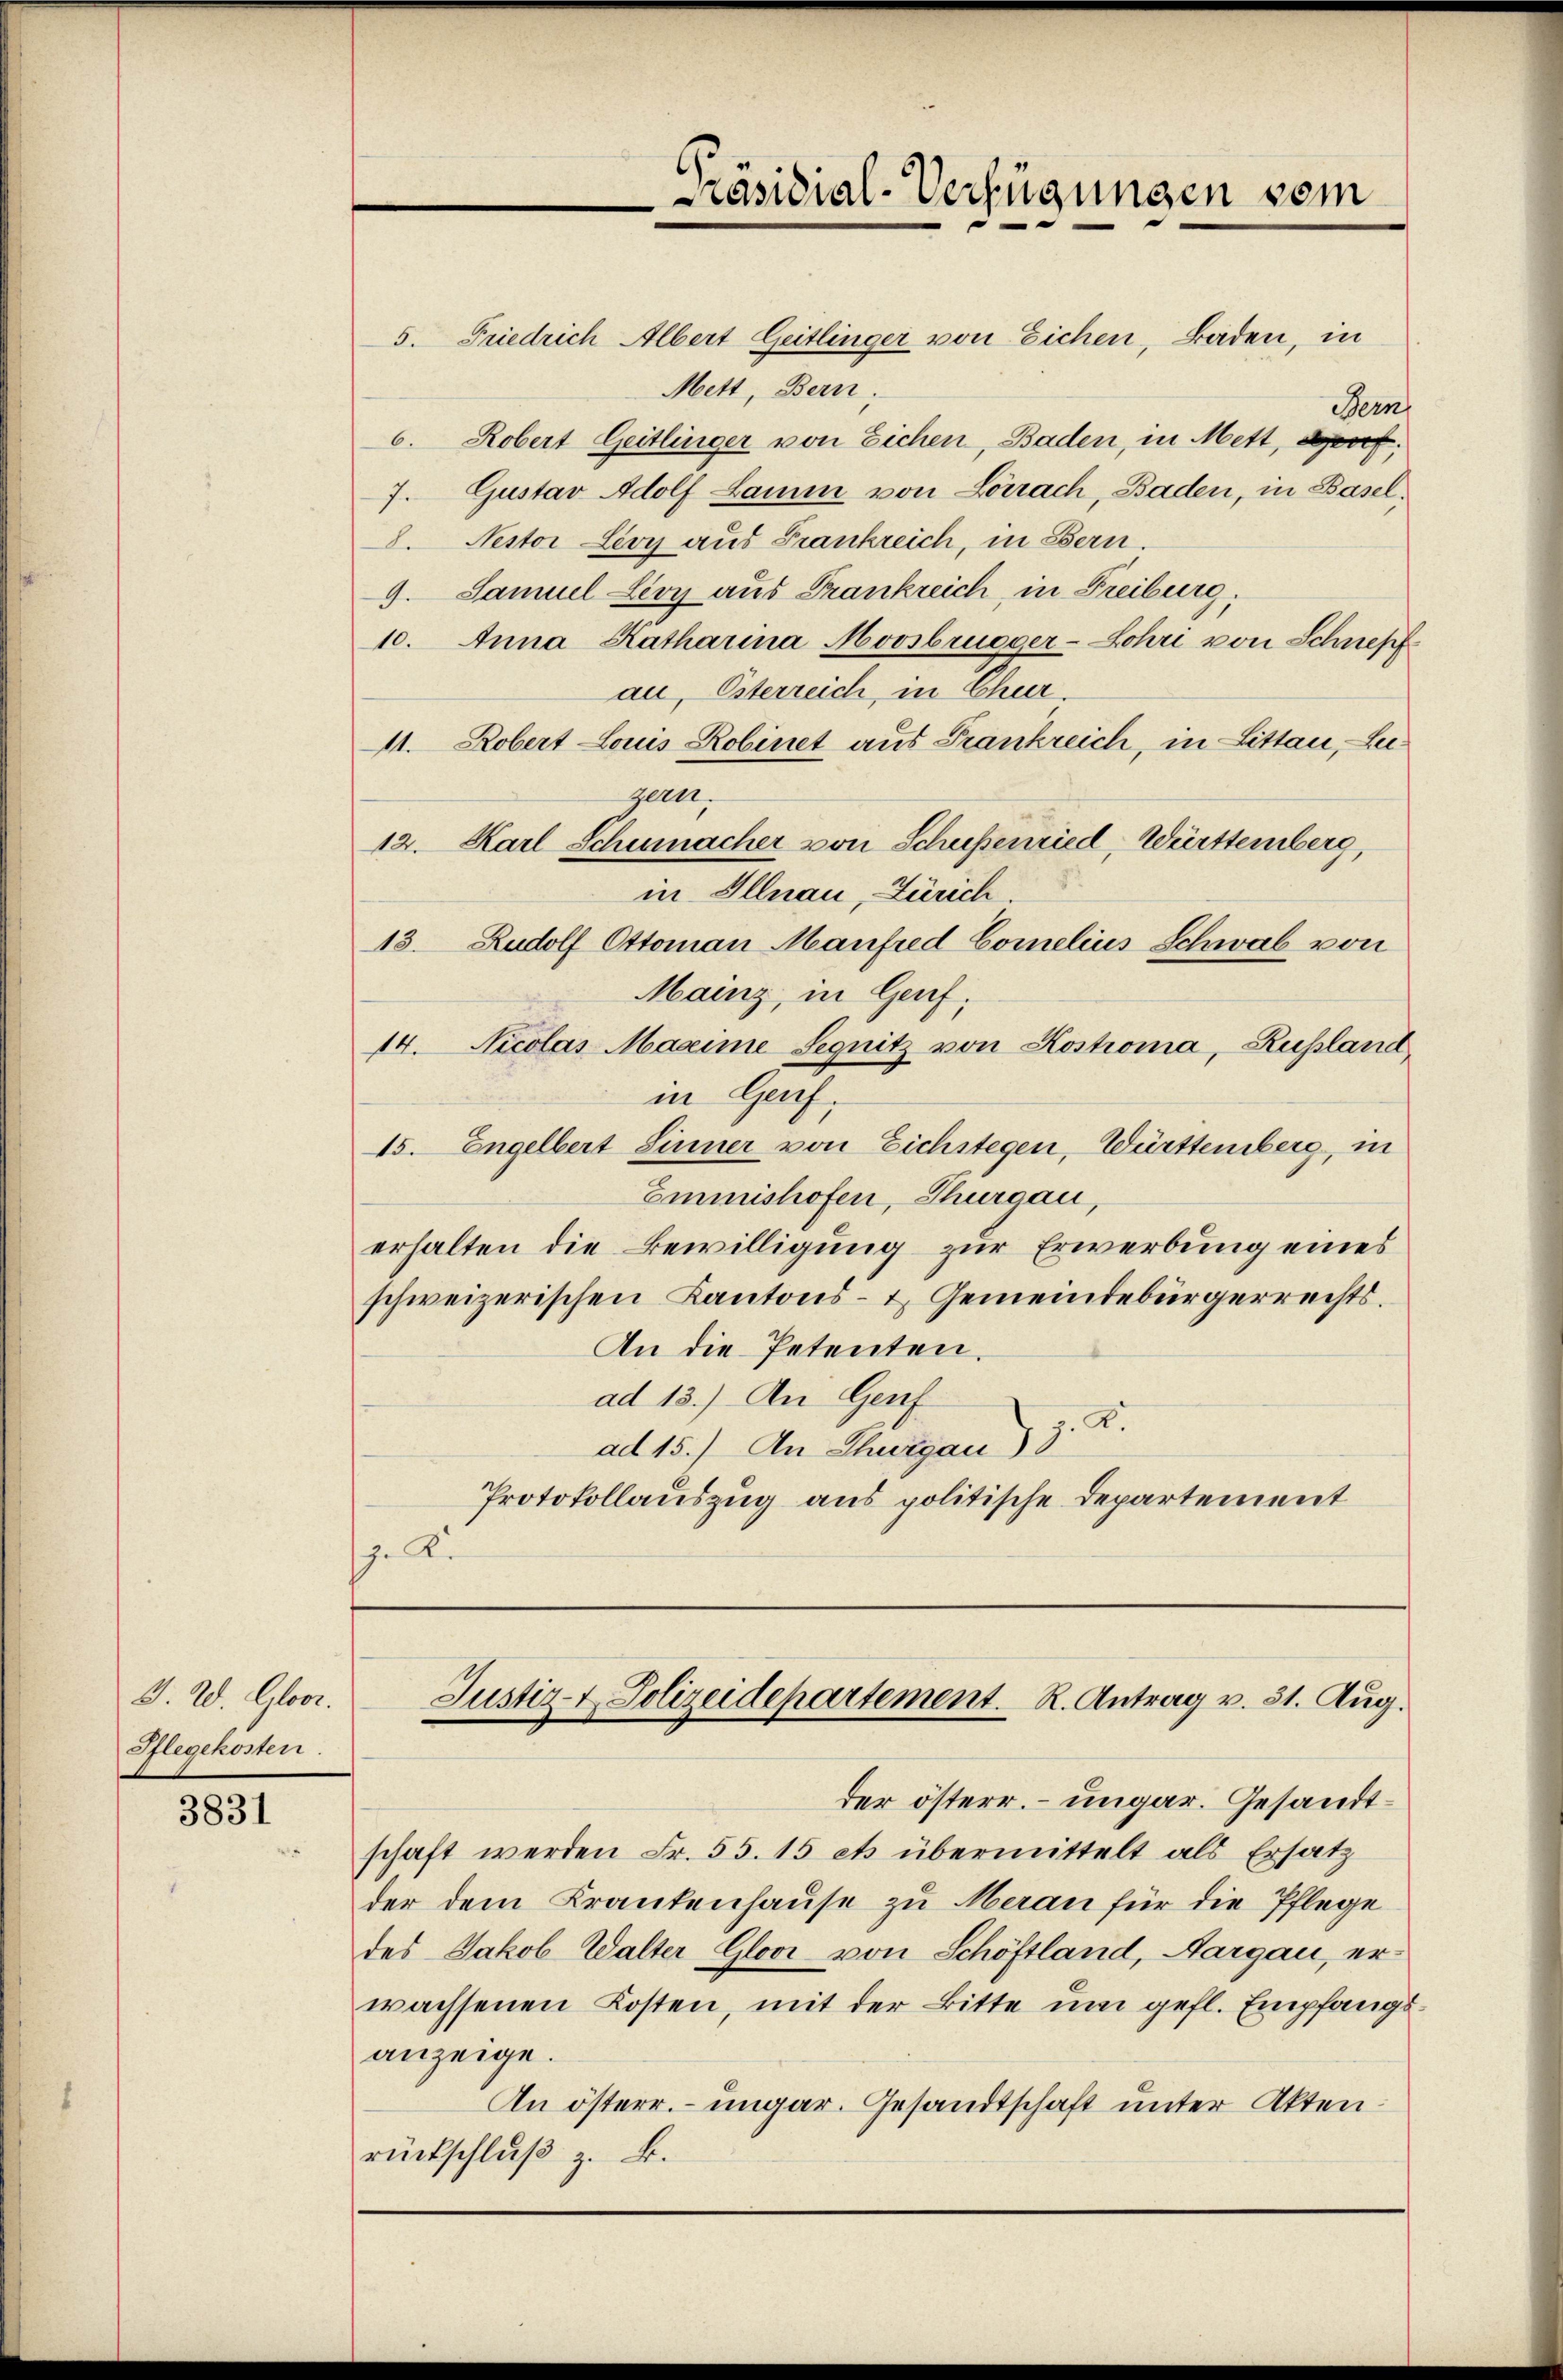
J. W. Gloor.
Pflegekosten.

3831

Präsidial-Verfügungen vom

5. Friedrich Albert Geitlinger von Eichen, Baden, in
Mett, Bern;
Fern
6. Robert Geitlinger von Eichen, Baden, in Mett, sof
7. Gustav Adolf Lamm von Lörrach, Baden, in Basel,
8. Nestor Lioy aus Frankreich, in Bern.
9. Samuel Lioy aus Frankreich, in Freiburg,
10. Anna Katharina Moosbrueger-Lohri von Schnepf
au, Esterreich, in Chur
11. Robert Louis Robinet aus Frankreich, in Littan, Leigeen
12. Karl Schumacher von Schussenried, Württemberg,
in Illnau, Zürich.
13. Rudolf Ottoman Manfred Comelins Schwab von
Mainz, in Genf;
14. Nicolas Maxime Segnitz von Kostroma, Russland,
in Genf.
15. Engelbert Sinner von Eichstegen, Württemberg, in
Emmishofen, Thurgau,
erhalten die Bewilligung zur Erwerbung eines
schweizerischen Kantons- & Gemeindebürgerrechts¬
An die Petenten.
ad 13.) An Genf
8
ad 15.) An Thurgau) 3
Protokollauszug aus politische Departement
z. R.

Justiz- & Polizeidepartement. R. Antrag v. 31. Aug.

der österr. ungar. Gesandtschaft werden Fr. 55. 15 ets übermittelt als Ersatz
der dem Krankenhause zu Meran für die Pflege
des Jakob Walter Gloor von Schöftland, Aargau, er
wachsenen Kosten, mit der Bitte um gefl. Empfangsanzeige.
An österr. – ungar. Gesandtschaft unter Akten.
rückschluβ z. B.